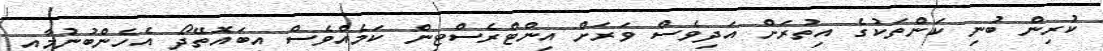
ކުރިން ބުނި ކަންތަކުގެ އިތުރަށް އަދިވެސް ވަރަށް އިންޓްރެސްޓިން ކަމެއްވެސް އިބައޮތޭދޯ އެހެންބުނުމާއި